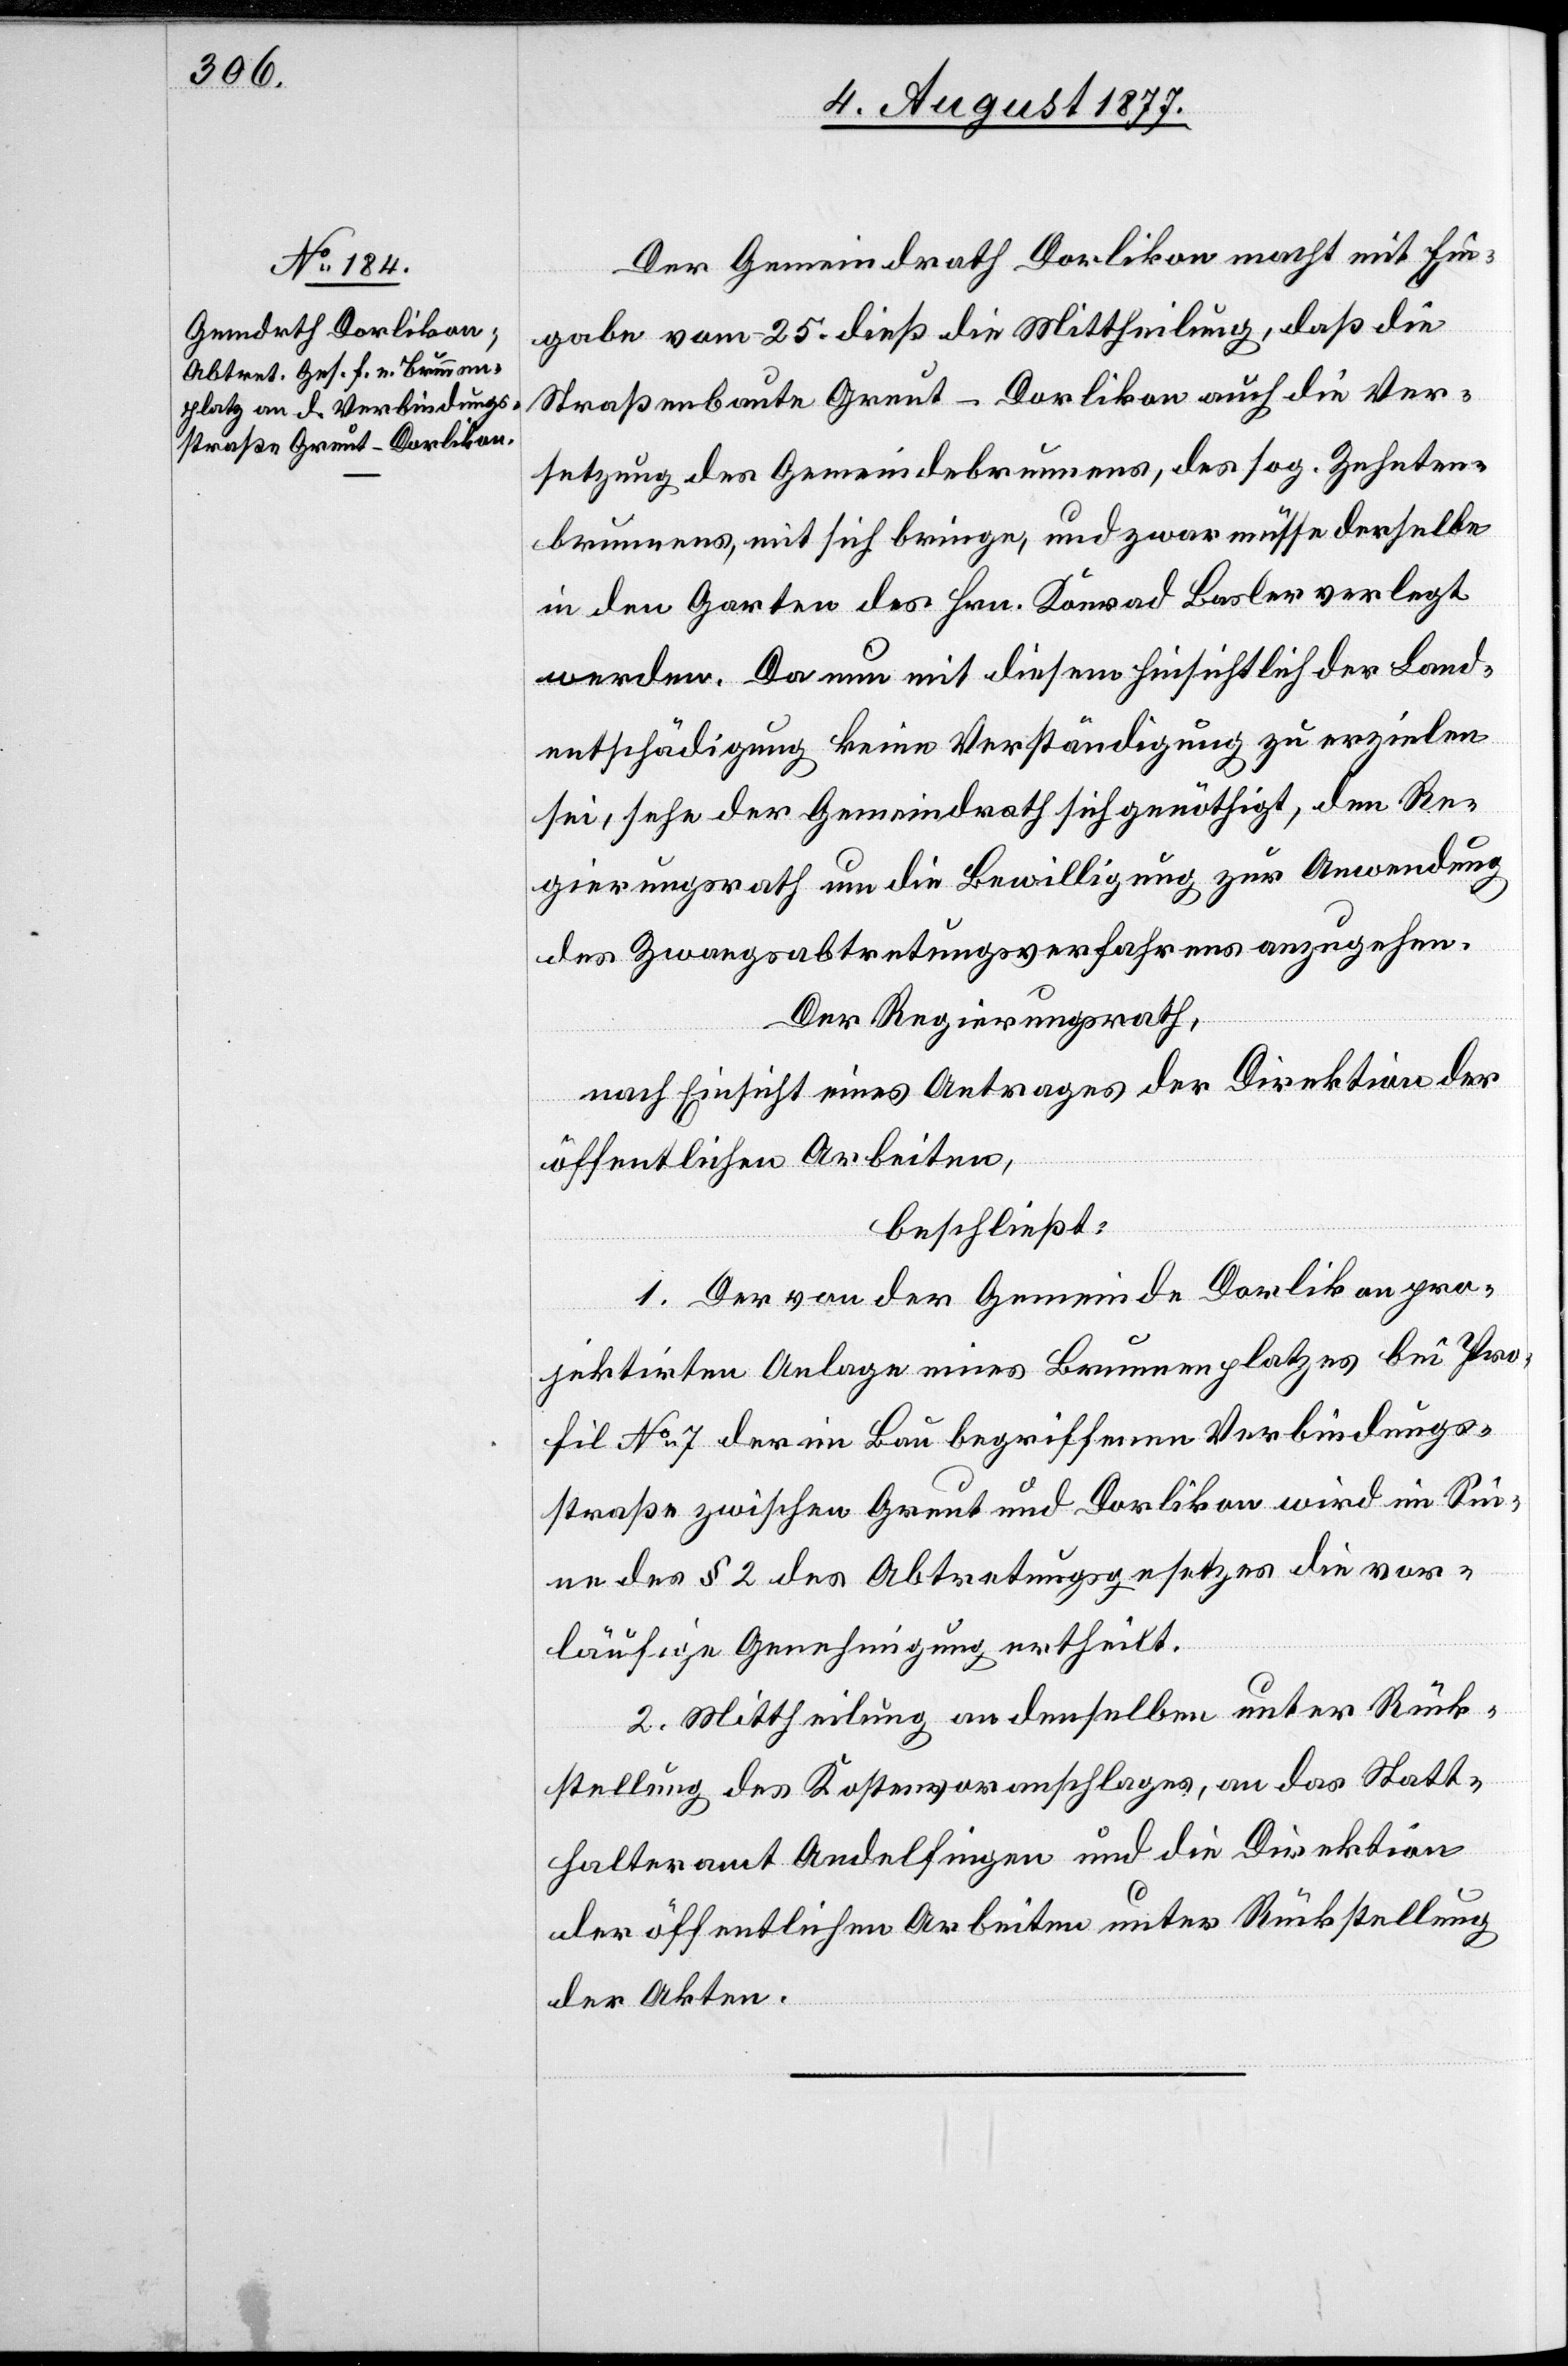
Der Gemeindrath Dorlikon macht mit Ein¬
gabe vom 25. dieß die Mittheilung, daß die
Straßenbaute Greut–Dorlikon auch die Ver¬
setzung des Gemeindebrunnens, des sog. Zehnten¬
brunnens, mit sich bringe, und zwar müsse derselbe
in den Garten des Hrn. Konrad Basler verlegt
werden. Da nun mit diesem hinsichtlich der Land¬
entschädigung keine Verständigung zu erzielen
sei, sehe der Gemeindrath sich genöthigt, den Re¬
gierungsrath um die Bewilligung zur Anwendung
des Zwangsabtretungsverfahrens anzugehen.
Der Regierungsrath,
nach Einsicht eines Antrages der Direktion der
öffentlichen Arbeiten,
beschließt:
1. Der von der Gemeinde Dorlikon pro¬
jektirten Anlage eines Brunnenplatzes bei Pro¬
fil No 7 der im Bau begriffenen Verbindungs¬
straße zwischen Greut und Dorlikon wird im Sin¬
ne des § 2 des Abtretungsgesetzes die vor¬
läufige Genehmigung ertheilt.
2. Mittheilung an denselben unter Rück¬
stellung des Kostenvoranschlages, an das Statt¬
halteramt Andelfingen und die Direktion
der öffentlichen Arbeiten unter Rückstellung
der Akten.